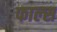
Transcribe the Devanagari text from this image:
फाल्‍स